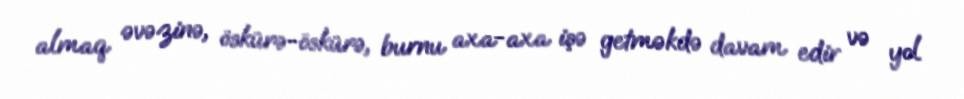
almaq əvəzinə, öskürə-öskürə, burnu axa-axa işə getməkdə davam edir və yol